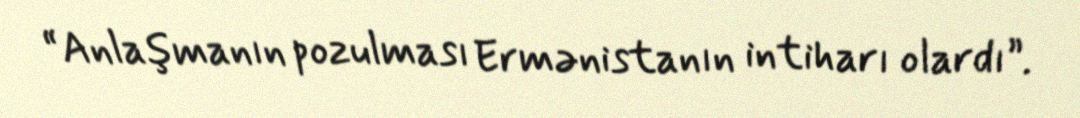
“Anlaşmanın pozulması Ermənistanın intiharı olardı”.